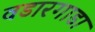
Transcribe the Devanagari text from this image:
वडारगाडा